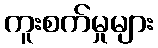
ကူးစက်မှုများ